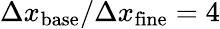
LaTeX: \Delta x_{\mathrm{base}}/\Delta x_{\mathrm{fine}}=4